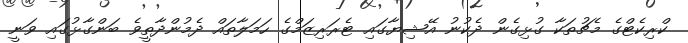
ކްރިކެޓްގެ މެޗުތަކާ ގުޅިގެން ދެކުނު އޭޝިޔާގައި ޓެރަރިޒަމްގެ ހަމަލާތައް ދެމުންދާތީވެ ބަންގާޅުގައި ވަނީ